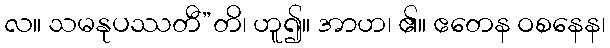
လ။ သမနုပဿတီ”တိ၊ ဟူ၍။ အာဟ၊ ၏။ ဧတေန ဝစနေန၊